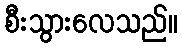
စီးသွားလေသည်။